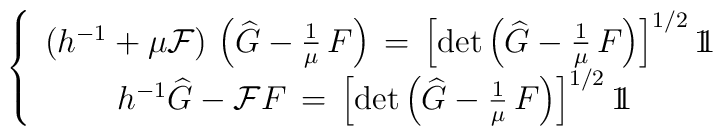
\left\{ \begin{array}{cc}    ( h^{-1} + \mu \mathcal{F}) \, \left( \widehat{G} - \frac{1}{\mu} \, F\right) \, =  \, \left[ \mbox{det}  \left( \widehat{G} - \frac{1}{\mu} \, F \right) \right] ^{1/2}  1 \! \!  1  \\    h^{-1}\widehat{G} - \mathcal{F}F \, = \, \left[ \mbox{det} \left( \widehat{G} -\frac{1}{\mu} \, F \right) \right] ^{1/2} 1 \! \!  1 \ \end{array}\right.